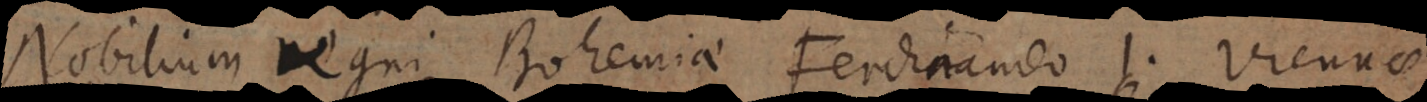
Nobilium regni Bohemiae Ferdinando I. Viennae